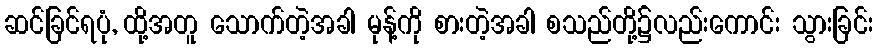
ဆင်ခြင်ရပုံ, ထို့အတူ သောက်တဲ့အခါ မုန့်ကို စားတဲ့အခါ စသည်တို့၌လည်းကောင်း သွားခြင်း